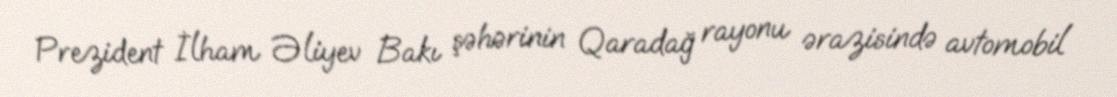
Prezident İlham Əliyev Bakı şəhərinin Qaradağ rayonu ərazisində avtomobil